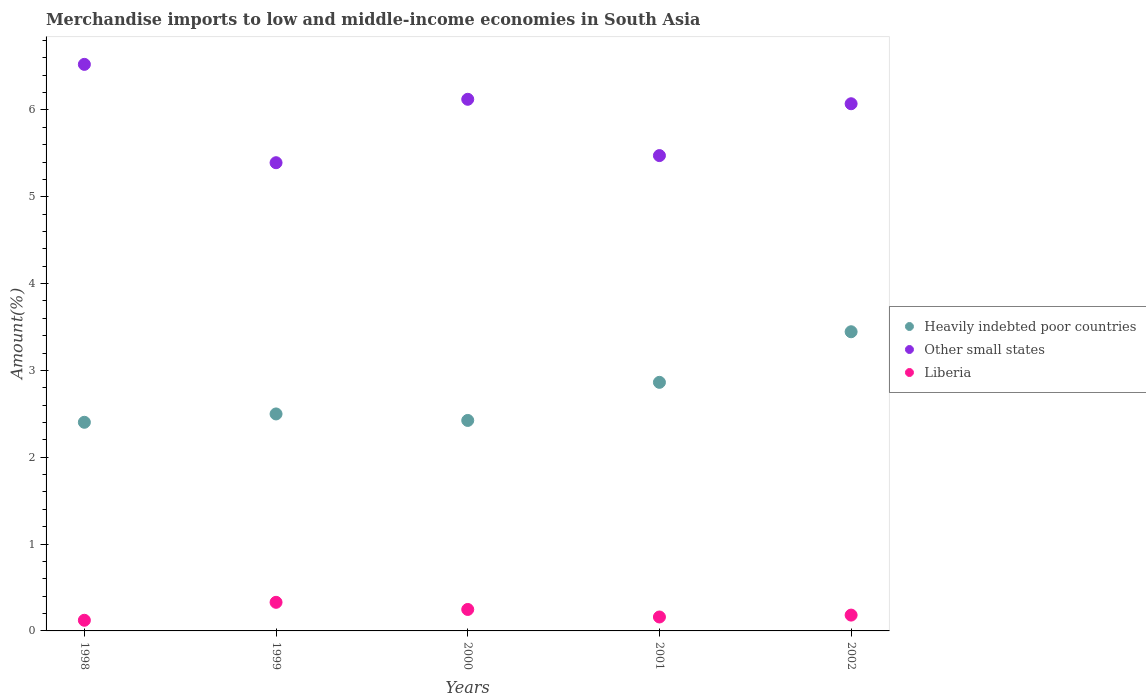
| Years | Heavily indebted poor countries | Other small states | Liberia |
 | --- | --- | --- | --- |
 | 1998 | 2.4 | 6.52 | 0.123 |
 | 1999 | 2.5 | 5.39 | 0.329 |
 | 2000 | 2.42 | 6.12 | 0.247 |
 | 2001 | 2.86 | 5.47 | 0.16 |
 | 2002 | 3.45 | 6.07 | 0.182 |